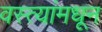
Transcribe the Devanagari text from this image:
वस्त्यांमधून